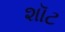
શૉટ